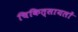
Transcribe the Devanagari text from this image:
चिकित्सायलों